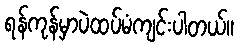
ရန်ကုန်မှာပဲထပ်မံကျင်းပါတယ်။